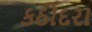
કઠોદરા